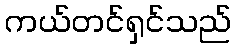
ကယ်တင်ရှင်သည်